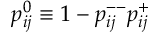
p _ { i j } ^ { 0 } \equiv 1 - p _ { i j } ^ { -- } p _ { i j } ^ { + }